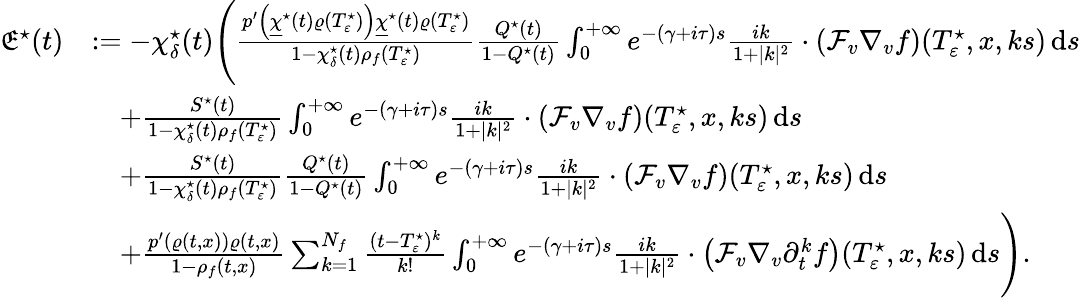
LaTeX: \begin{array}{rl}{\mathfrak{E}^{\star}(t)}&{:=-\chi_{\delta}^{\star}(t)\Bigg(\frac{p^{\prime}\left(\underline{{\chi}}^{\star}(t)\varrho(T_{\varepsilon}^{\star})\right)\underline{{\chi}}^{\star}(t)\varrho(T_{\varepsilon}^{\star})}{1-\chi_{\delta}^{\star}(t)\rho_{f}(T_{\varepsilon}^{\star})}\frac{Q^{\star}(t)}{1-Q^{\star}(t)}\int_{0}^{+\infty}e^{-(\gamma+i\tau)s}\frac{ik}{1+\vert k\vert^{2}}\cdot\left(\mathcal{F}_{v}\nabla_{v}f\right)(T_{\varepsilon}^{\star},x,ks)\, \mathrm{d}s}\\ &{\quad+\frac{S^{\star}(t)}{1-\chi_{\delta}^{\star}(t)\rho_{f}(T_{\varepsilon}^{\star})}\int_{0}^{+\infty}e^{-(\gamma+i\tau)s}\frac{ik}{1+\vert k\vert^{2}}\cdot\left(\mathcal{F}_{v}\nabla_{v}f\right)(T_{\varepsilon}^{\star},x,ks)\, \mathrm{d}s}\\ &{\quad+\frac{S^{\star}(t)}{1-\chi_{\delta}^{\star}(t)\rho_{f}(T_{\varepsilon}^{\star})}\frac{Q^{\star}(t)}{1-Q^{\star}(t)}\int_{0}^{+\infty}e^{-(\gamma+i\tau)s}\frac{ik}{1+\vert k\vert^{2}}\cdot\left(\mathcal{F}_{v}\nabla_{v}f\right)(T_{\varepsilon}^{\star},x,ks)\, \mathrm{d}s}\\ &{\quad+\frac{p^{\prime}(\varrho(t,x))\varrho(t,x)}{1-\rho_{f}(t,x)}\sum_{k=1}^{N_{f}}\frac{(t-T_{\varepsilon}^{\star})^{k}}{k!}\int_{0}^{+\infty}e^{-(\gamma+i\tau)s}\frac{ik}{1+\vert k\vert^{2}}\cdot\left(\mathcal{F}_{v}\nabla_{v}\partial_{t}^{k}f\right)(T_{\varepsilon}^{\star},x,ks)\, \mathrm{d}s\Bigg).}\end{array}